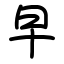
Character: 早